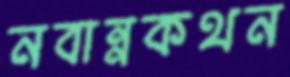
নবান্নকথন